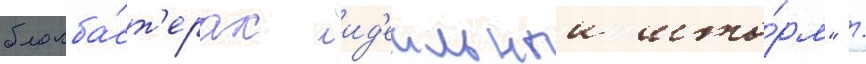
блокба́ст'ерах "ид'еальныи што́рм" /